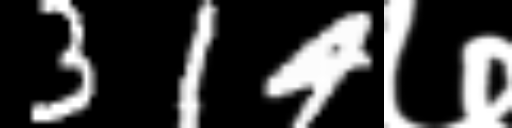
Text: 314७